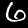
Digit: 6